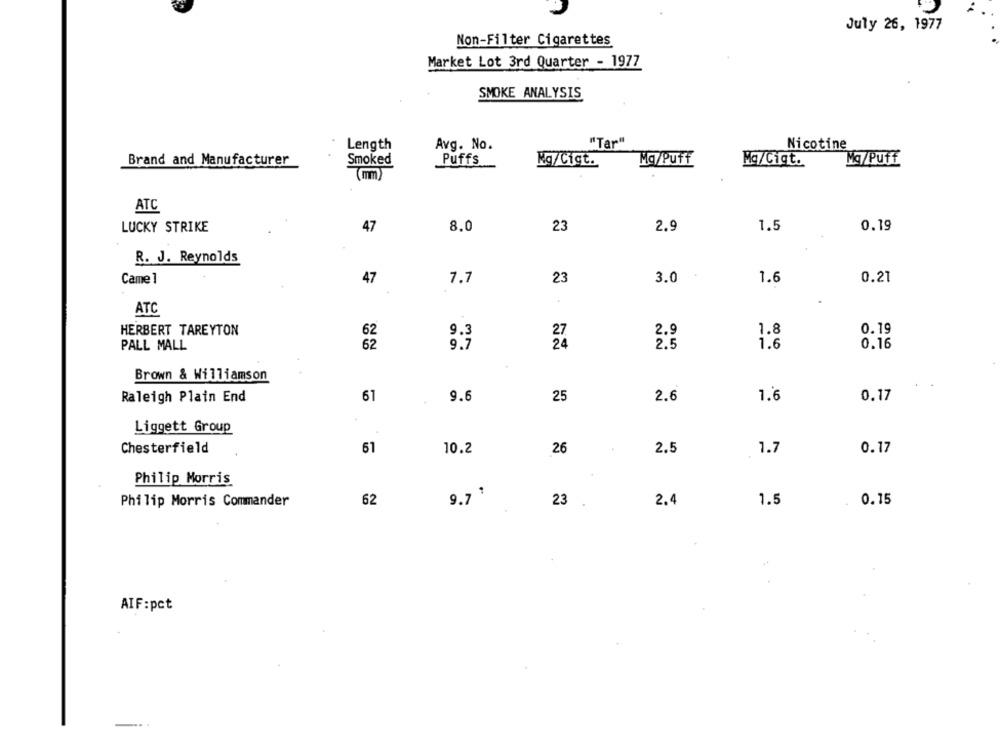
July 26, 1977
Non-Filter Cigarettes
Market Lot 3rd Quarter - 1977
SMOKE ANALYSIS
"Tar"
Length
Avg. No.
Nicotine
Brand and Manufacturer
Smoked
Puffs
Kg/Cigt.
Mq/Puff
Mg/Cigt.
Mg/Puff
ATC
1.5
LUCKY STRIKE
47
8.0
23
2.9
0.19
R. J. Reynolds
23
Came 1
47
7.7
3.0
1.6
0.21
ATC
27
2.9
1.8
0.19
HERBERT TAREYTON
62
9.3
62
24
2.5
1.6
0.16
PALL MALL
9.7
Brown & Williamson
61
25
2.6
1.6
0.17
Raleigh Plain End
9.6
Liggett Group
Chesterfield
61
10.2
26
2.5
1.7
0.17
Philip Morris
9.7 1
Philip Morris Commander
62
23
2.4
1.5
0.15
AIF:pct